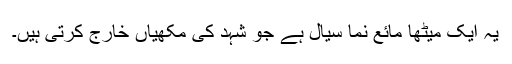
یہ ایک میٹھا مائع نما سیال ہے جو شہد کی مکھیاں خارج کرتی ہیں۔